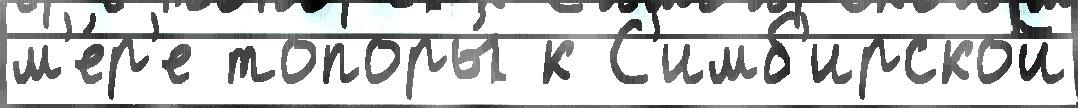
м'е́р'е топоры́ к С'имб'ирской